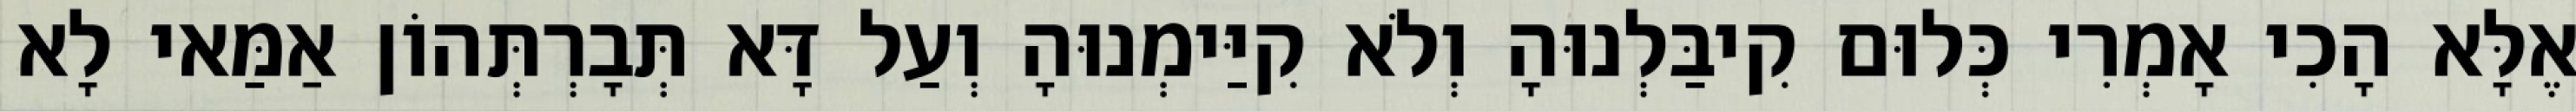
אֶלָּא הָכִי אָמְרִי כְּלוּם קִיבַּלְנוּהָ וְלֹא קִיַּימְנוּהָ וְעַל דָּא תְּבָרְתְּהוֹן אַמַּאי לָא